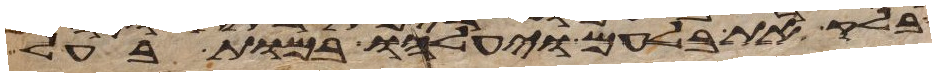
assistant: בלק את בלעם ויעלהו במות בעל